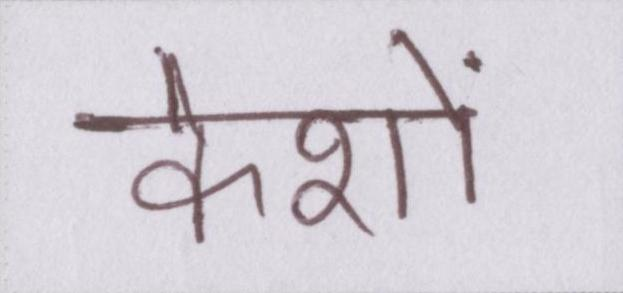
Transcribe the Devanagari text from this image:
केशों